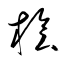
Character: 桧